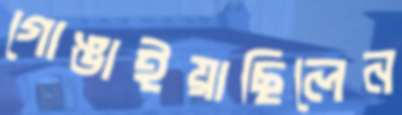
গোঙাইয়াছিলেন